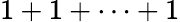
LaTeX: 1+1+\cdots+1